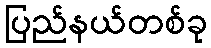
ပြည်နယ်တစ်ခု